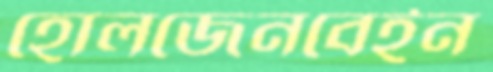
হোলজেনবেইন